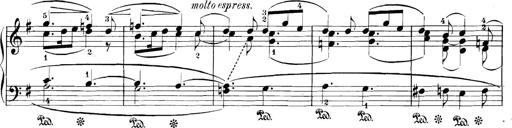
Title: 3 Sonatinas
Composer: Carl Reinecke